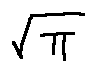
\sqrt { \pi }